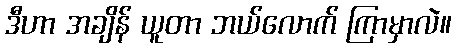
ဒီဟာ အချိန် ယူတာ ဘယ်လောက် ကြာမှာလဲ။